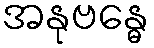
အနုဗန္ဓေ